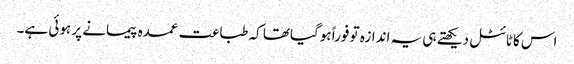
اس کاٹائٹل دیکھتے ہی یہ اندازہ تو فوراً ہوگیاتھا کہ طباعت عمدہ پیمانے پر ہوئی ہے۔